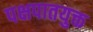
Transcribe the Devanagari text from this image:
पक्षपातयुक्त